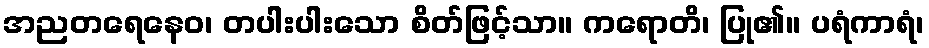
အညတရေနေဝ၊ တပါးပါးသော စိတ်ဖြင့်သာ။ ကရောတိ၊ ပြု၏။ ပရံကာရံ၊